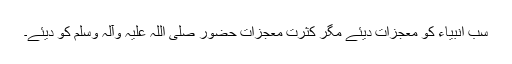
سب انبیاء کو معجزات دیئے مگر کثرتِ معجزات حضور صلی اللہ علیہ وآلہ وسلم کو دیئے۔